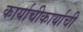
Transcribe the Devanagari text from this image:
कार्याचीकार्याची